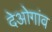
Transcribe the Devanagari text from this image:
देओगांव